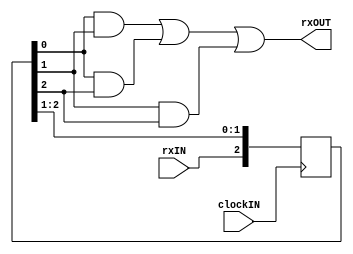
module RXMajority3Filter
(
	input clockIN,
	input rxIN,
	output wire rxOUT
);

reg [2:0] rxLock = 3'b111;

assign rxOUT = (rxLock[0] & rxLock[1]) | (rxLock[0] & rxLock[2]) | (rxLock[1] & rxLock[2]);

always @(posedge clockIN)
begin
	rxLock <= {rxIN, rxLock[2:1]};
end

endmodule